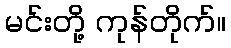
မင်းတို့ ကုန်တိုက်။